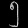
Digit: ၅